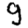
Digit: 9